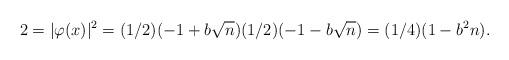
LaTeX: \begin{align*}2=|\varphi(x)|^2=(1/2)(-1+b\sqrt{n})(1/2)(-1-b\sqrt{n})=(1/4)(1-b^2n).\end{align*}